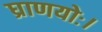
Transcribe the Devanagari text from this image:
घ्राणयोः।